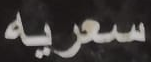
سعريه